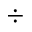
\div